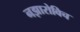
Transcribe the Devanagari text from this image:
नझारोविच